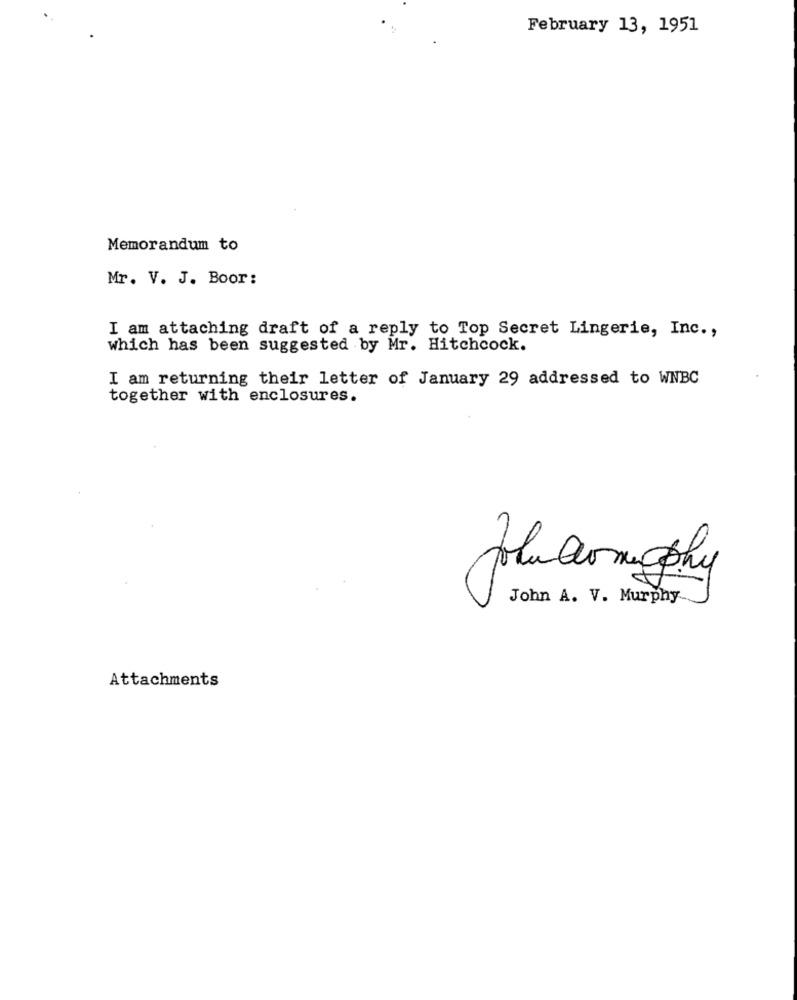
February 13, 1951
Memorandum to
Mr. V. J. Boor:
I am attaching draft of a reply to Top Secret Lingerie, Inc .,
which has been suggested by Mr. Hitchcock.
I am returning their letter of January 29 addressed to WNBC
together with enclosures.
pokudomgphy
John A. V. Murphy
Attachments